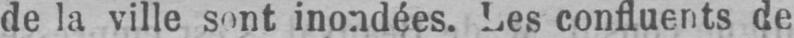
de la ville sont inondées. Les confluents de